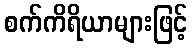
စက်ကိရိယာများဖြင့်